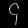
Digit: ၄